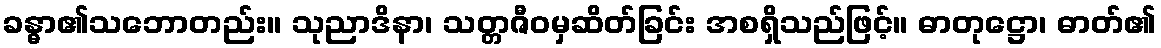
ခန္ဓာ၏သဘောတည်း။ သုညာဒိနာ၊ သတ္တဇီဝမှဆိတ်ခြင်း အစရှိသည်ဖြင့်။ ဓာတုဋ္ဌော၊ ဓာတ်၏